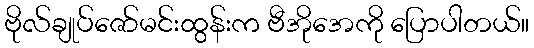
ဗိုလ်ချုပ်ဇော်မင်းထွန်းက ဗီအိုအေကို ပြောပါတယ်။